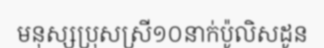
មនុស្សប្រុសស្រី១០នាក់ប៉ូលិសដូន